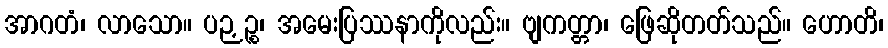
အာဂတံ၊ လာသော။ ပဉှဉ္စ၊ အမေးပြဿနာကိုလည်း။ ဗျကတ္တာ၊ ဖြေဆိုတတ်သည်။ ဟောတိ၊